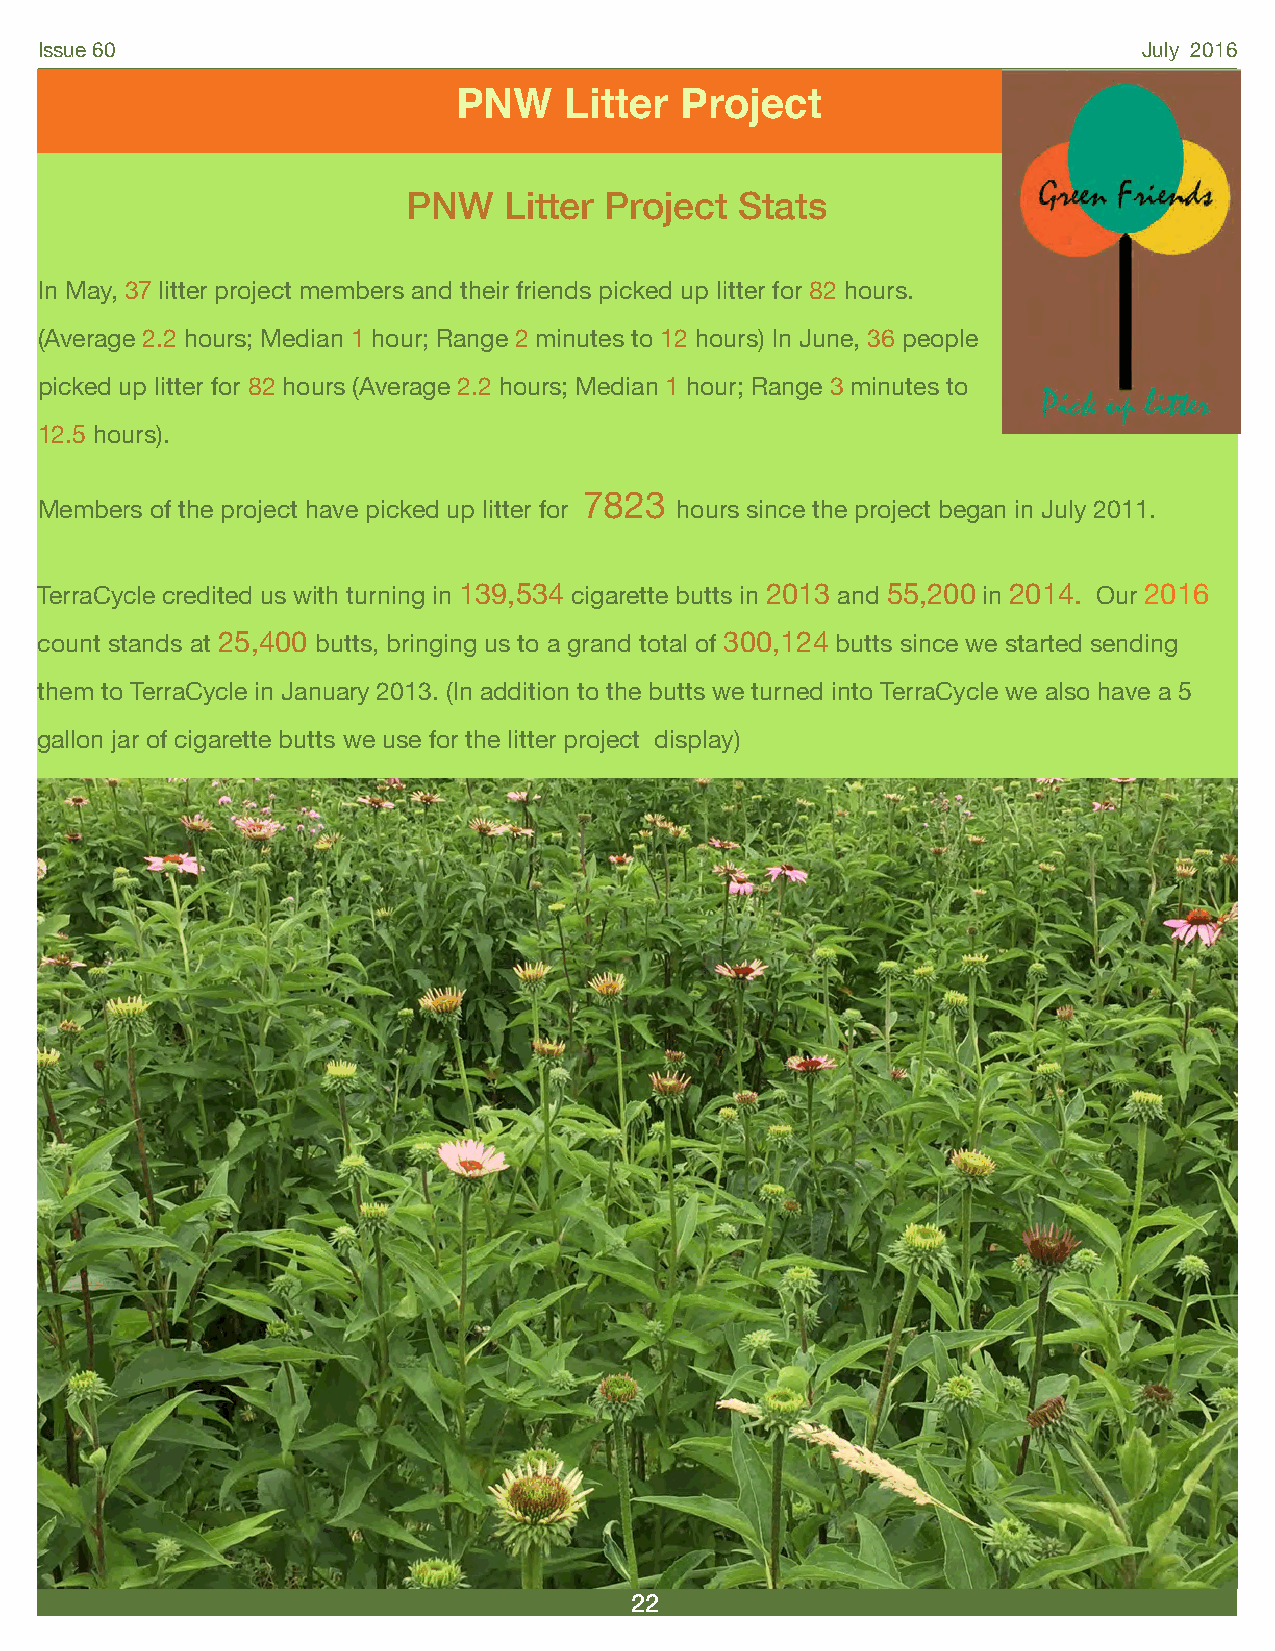
Issue 60                                                                  July 2016
 PNW    Litter  Project
 PNW   Litter Project  Stats
 In May, 37 litter project members and their friends picked up litter for 82 hours.
 (Average 2.2 hours; Median 1 hour; Range 2 minutes to 12 hours) In June, 36 people
 picked up litter for 82 hours (Average 2.2 hours; Median 1 hour; Range 3 minutes to
 12.5 hours).
 7823
 Members of the project have picked up litter for hours since the project began in July 2011.
 TerraCycle credited us with turning in 139,534 cigarette butts in 2013 and 55,200 in 2014. Our 2016
 count stands at 25,400 butts, bringing us to a grand total of 300,124 butts since we started sending
 them to TerraCycle in January 2013. (In addition to the butts we turned into TerraCycle we also have a 5
 gallon jar of cigarette butts we use for the litter project display)
 22